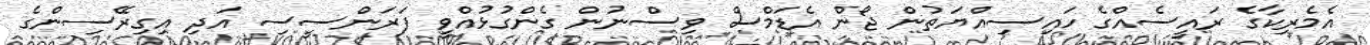
އެމެރިކާގެ ރައީސެއްގެ ހައިސިއްޔަތުން ޖޯން އެޑަމްސް ވިސްނުން ގެންގުޅުއްވީ ފަރަންސީސި އަދި އިގިރޭސިންގެ